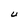
Character: U